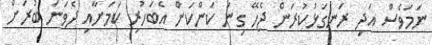
ނަމަވެސް އަދި ރަނގަޅުކުރަން ޖެހޭ ގިނަ ކަންކަން އެބަހުރި ކަމަށާއި ދެވަނަ ބުރަށް